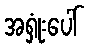
အရှုံးပေါ်